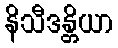
နိသီဒန္တိယာ